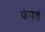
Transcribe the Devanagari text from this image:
फंगशं